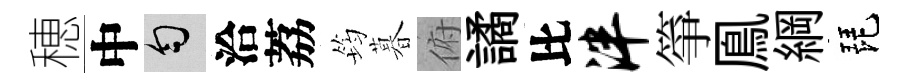
穂中匀洽荔筠暮俯譎比泮箏鳯綱琵